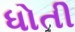
ધોતી